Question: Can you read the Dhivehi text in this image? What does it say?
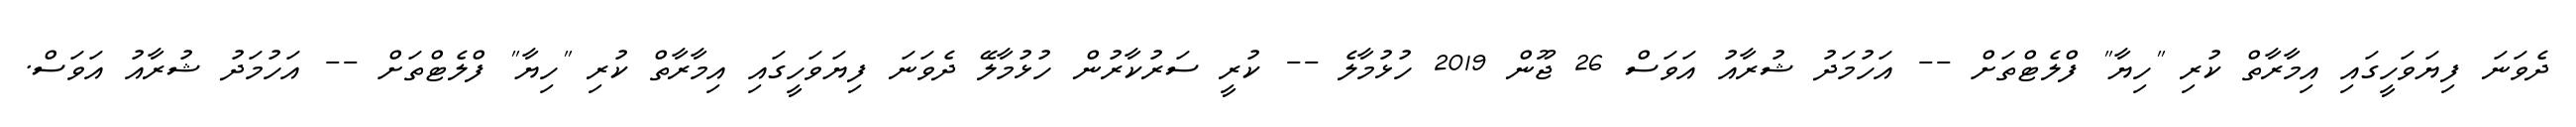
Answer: ދެވަނަ ފިޔަވަހީގައި އިމާރާތް ކުރި "ހިޔާ" ފްލެޓްތަށް -- އަހުމަދު ޝުރާއު އަވަސް 26 ޖޫން 2019 ހުޅުމާލެ -- ކުރީ ސަރުކާރުން ހުޅުމާލޭ ދެވަނަ ފިޔަވަހީގައި އިމާރާތް ކުރި "ހިޔާ" ފްލެޓްތަށް -- އަހުމަދު ޝުރާއު އަވަސް.